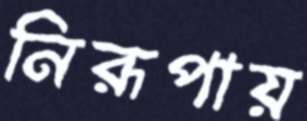
নিরূপায়